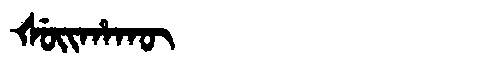
Manchu: ᡧᡠᡳᡥᠠᡴᡡ
Romanization: ŠUIHAKŪ